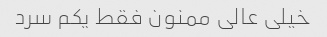
خیلی عالی ممنون فقط یکم سرد